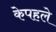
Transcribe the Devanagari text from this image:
केपहले